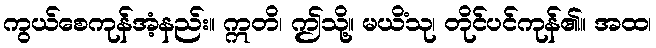
ကွယ်စေကုန်အံ့နည်း။ ဣတိ၊ ဤသို့။ မယိံသု၊ တိုင်ပင်ကုန်၏။ အထ၊